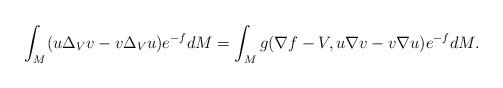
LaTeX: \begin{align*}\int_M(u\Delta_Vv-v\Delta_Vu)e^{-f}dM= \int_M g(\nabla f-V, u\nabla v-v\nabla u)e^{-f}dM.\end{align*}